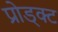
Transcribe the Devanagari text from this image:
प्रोड्क्ट